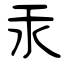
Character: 汞